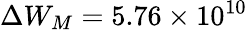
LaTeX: \Delta W_{M}=5.76\times 10^{10}